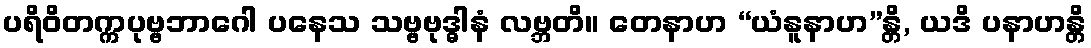
ပရိဝိတက္ကပုဗ္ဗဘာဂေါ ပနေသ သဗ္ဗဗုဒ္ဓါနံ လဗ္ဘတိ။ တေနာဟ “ယံနူနာဟ”န္တိ, ယဒိ ပနာဟန္တိ